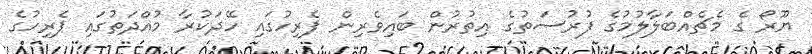
ޔޫރޯ ގެ މެޗެއްބަލާލުމުގެ ފުރުސަތުގެ އިތުރުން ބައިވެރިން ޕެރިހުގައި ހޭދަކުރާ މުއްދަތުގައި ޕެރިހުގެ